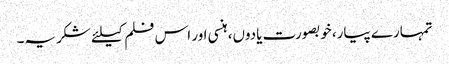
تمہارے پیار، خوبصورت یادوں، ہنسی اور اس فلم کیلئے شکریہ۔